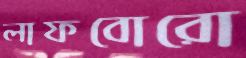
লাফবোরো